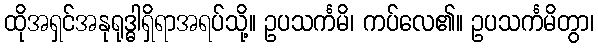
ထိုအရှင်အနုရုဒ္ဓါရှိရာအရပ်သို့။ ဥပသင်္ကမိ၊ ကပ်လေ၏။ ဥပသင်္ကမိတွာ၊